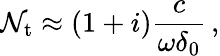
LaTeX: \mathcal{N}_{\mathrm{{t}}}\approx(1+i)\frac{{c}}{{\omega\delta_{0}}}\, ,